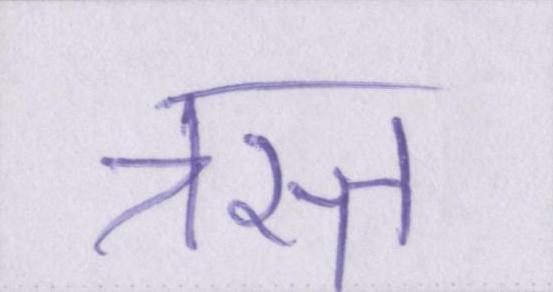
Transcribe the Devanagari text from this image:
त्रस्त